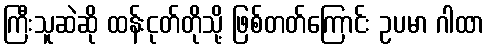
ကြီးသူဆဲဆို ထန်းငုတ်တိုသို့ ဖြစ်တတ်ကြောင်း ဥပမာ ဂါထာ